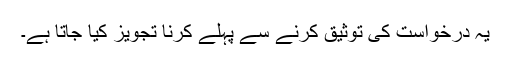
یہ درخواست کی توثیق کرنے سے پہلے کرنا تجویز کیا جاتا ہے۔